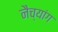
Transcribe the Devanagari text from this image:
नैच्यांग